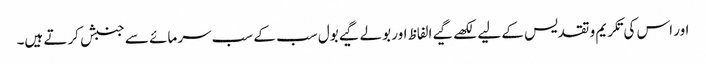
اور اس کی تکریم و تقدیس کے لیے لکھے گیے الفاظ اور بولے گیے بول سب کے سب سرمائے سے جنبش کرتے ہیں۔